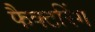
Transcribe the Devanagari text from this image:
फैक्टरिंग